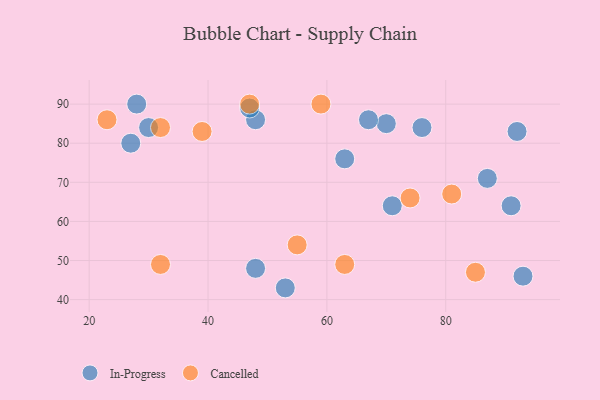
{"axis": {"x": "GDP", "y": "Life Expectancy"}, "legend": ["Cancelled", "In-Progress"], "data": [{"x": "48", "y": 86, "type": "In-Progress"}, {"x": "27", "y": 80, "type": "In-Progress"}, {"x": "70", "y": 85, "type": "In-Progress"}, {"x": "47", "y": 89, "type": "In-Progress"}, {"x": "71", "y": 64, "type": "In-Progress"}, {"x": "92", "y": 83, "type": "In-Progress"}, {"x": "76", "y": 84, "type": "In-Progress"}, {"x": "53", "y": 43, "type": "In-Progress"}, {"x": "87", "y": 71, "type": "In-Progress"}, {"x": "67", "y": 86, "type": "In-Progress"}, {"x": "63", "y": 76, "type": "In-Progress"}, {"x": "48", "y": 48, "type": "In-Progress"}, {"x": "93", "y": 46, "type": "In-Progress"}, {"x": "28", "y": 90, "type": "In-Progress"}, {"x": "30", "y": 84, "type": "In-Progress"}, {"x": "91", "y": 64, "type": "In-Progress"}, {"x": "23", "y": 86, "type": "Cancelled"}, {"x": "32", "y": 84, "type": "Cancelled"}, {"x": "59", "y": 90, "type": "Cancelled"}, {"x": "74", "y": 66, "type": "Cancelled"}, {"x": "81", "y": 67, "type": "Cancelled"}, {"x": "85", "y": 47, "type": "Cancelled"}, {"x": "63", "y": 49, "type": "Cancelled"}, {"x": "47", "y": 90, "type": "Cancelled"}, {"x": "55", "y": 54, "type": "Cancelled"}, {"x": "39", "y": 83, "type": "Cancelled"}, {"x": "32", "y": 49, "type": "Cancelled"}]}